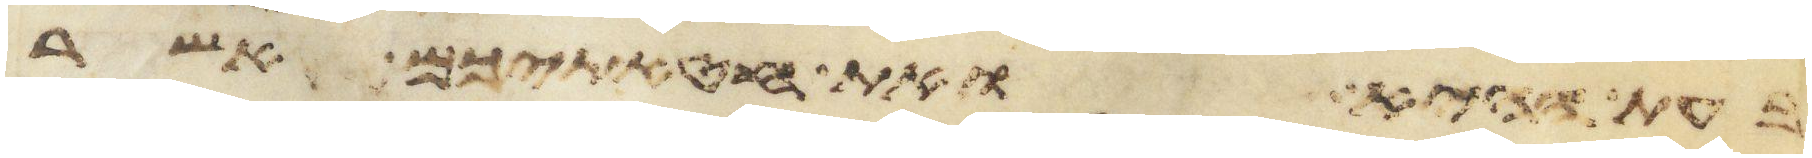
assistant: בעת ההיא ואת חטאתיכם אשר